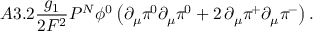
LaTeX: A 3 . 2 \frac { g _ { 1 } ^ { } } { 2 F ^ { 2 } } { \cal P } ^ { \cal N } \phi ^ { 0 } \left( \partial _ { \mu } \pi ^ { \! 0 } \partial _ { \mu } \pi ^ { \! 0 } + 2 \, \partial _ { \mu } \pi ^ { \! + } \partial _ { \mu } \pi ^ { \! - } \right) .